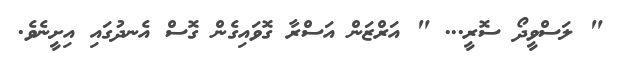
" ލަސްވީދޯ ސޮރީ... " އަރްޒަން އަސްރާ ގޮވައިގެން ގޮސް އެނދުގައި އިށީނެވެ.